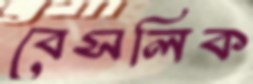
বেসলিক